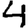
Digit: 4